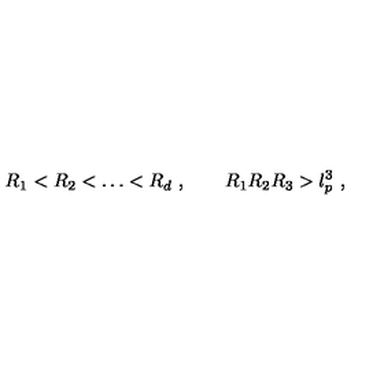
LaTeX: R _ { 1 } < R _ { 2 } < \dots < R _ { d } \ , \qquad R _ { 1 } R _ { 2 } R _ { 3 } > l _ { p } ^ { 3 } \ ,